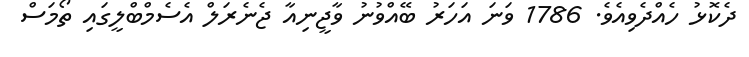
ދެކޮޅު ހެއްދެވިއެވެ. 1786 ވަނަ އަހަރު ބޭއްވުނު ވާޖީނިއާ ޖެނެރަލް އެސެމްބްލީގައި ތޯމަސް